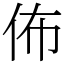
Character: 佈